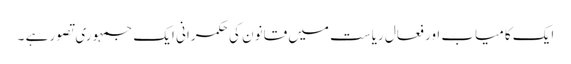
ایک کامیاب اور فعال ریاست میں قانون کی حکمرانی ایک جمہوری تصور ہے ۔